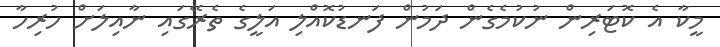
މީކާ އެ ކޮޓަރިން ނުކުމެގެން ދަމުން ފަނޑުކޮއްލި އަލީގެ ތެރޭގައި ނާއިލަށް ހުރިހާ